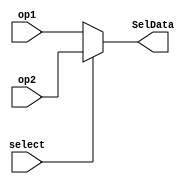
`timescale 1ns / 1ps
//////////////////////////////////////////////////////////////////////////////////
// Company: 
// Engineer: 
// 
// Design Name: 
// Module Name: MUX
// Project Name: 
// Target Devices: 
// Tool Versions: 
// Description: 
// 
// Dependencies: 
// 
// Revision:
// Revision 0.01 - File Created
// Additional Comments:
// 
//////////////////////////////////////////////////////////////////////////////////


module MUX(
    input [31:0] op1,
    input [31:0] op2, 
    input select,
    output [31:0] SelData
    );
    
    assign SelData = (select == 0) ? op1 : op2;
    
endmodule